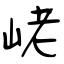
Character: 峔